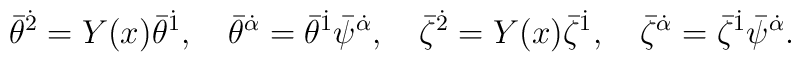
{\bar\theta}^{\dot 2} = Y (x){\bar\theta}^{\dot 1} ,\quad{\bar\theta}^{\dot \alpha} = {\bar\theta}^{\dot 1}{\bar\psi}^{\dot\alpha},\quad{\bar\zeta}^{\dot 2} = Y (x){\bar\zeta}^{\dot 1} ,\quad{\bar\zeta}^{\dot \alpha} = {\bar\zeta}^{\dot 1} {\bar\psi}^{\dot\alpha}.